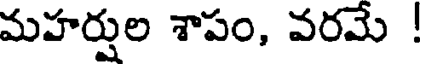
మహర్షుల శాపం, వరమే !